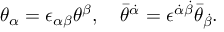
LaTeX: \theta _ { \alpha } = \epsilon _ { \alpha \beta } \theta ^ { \beta } , \quad \bar { \theta } ^ { \dot { \alpha } } = \epsilon ^ { \dot { \alpha } \dot { \beta } } \bar { \theta } _ { \dot { \beta } } .